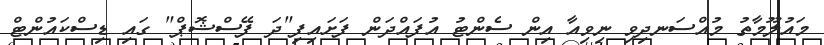
މައުލޫމާތު މުއްސަނދިވި ނިވިއާ އިން ސެންޓު އުފައްދަން ފަށައިފި"ދަ ފޭސްޝޮޕް" ގައި ޑިސްކައުންޓް